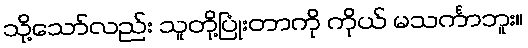
သို့သော်လည်း သူတို့ပြုံးတာကို ကိုယ် မသင်္ကာဘူး။